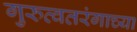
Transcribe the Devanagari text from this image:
गुरुत्वतरंगाच्या